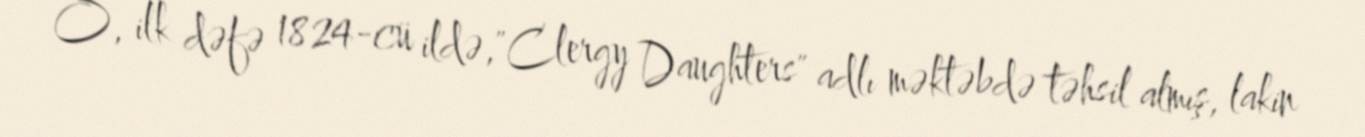
O, ilk dəfə 1824-cü ildə,"Clergy Daughters" adlı məktəbdə təhsil almış, lakin